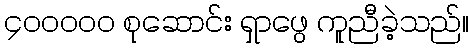
၄၀၀၀၀၀ စုဆောင်း ရှာဖွေ ကူညီခဲ့သည်။